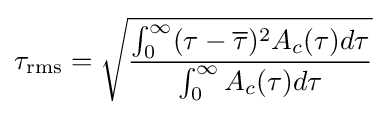
\tau _{\text{rms}}={\sqrt {\frac {\int _{0}^{\infty }(\tau -{\overline {\tau }})^{2}A_{c}(\tau )d\tau }{\int _{0}^{\infty }A_{c}(\tau )d\tau }}}